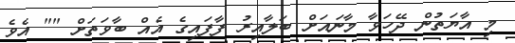
މި އާޔަތުން ދޭހަވާ މާނައަށް ބަލާއިރު ފާފައިގެ އެއް ބާވަތަށް "" އެވެ